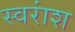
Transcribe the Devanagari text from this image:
स्वरांश